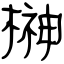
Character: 榊